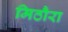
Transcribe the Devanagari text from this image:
मिठौरा